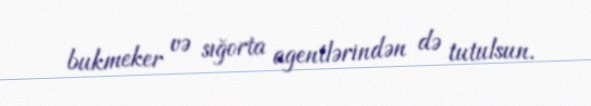
bukmeker və sığorta agentlərindən də tutulsun.